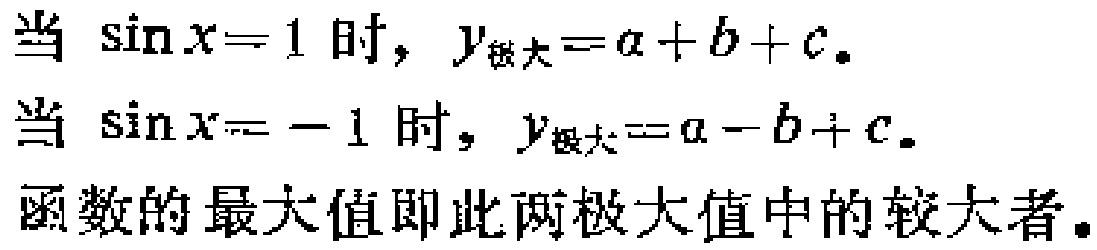
当 $\sin x = 1$ 时，$y_{极大}=a + b + c$。
当 $\sin x = -1$ 时，$y_{极大}=a - b + c$。
函数的最大值即此两极大值中的较大者。